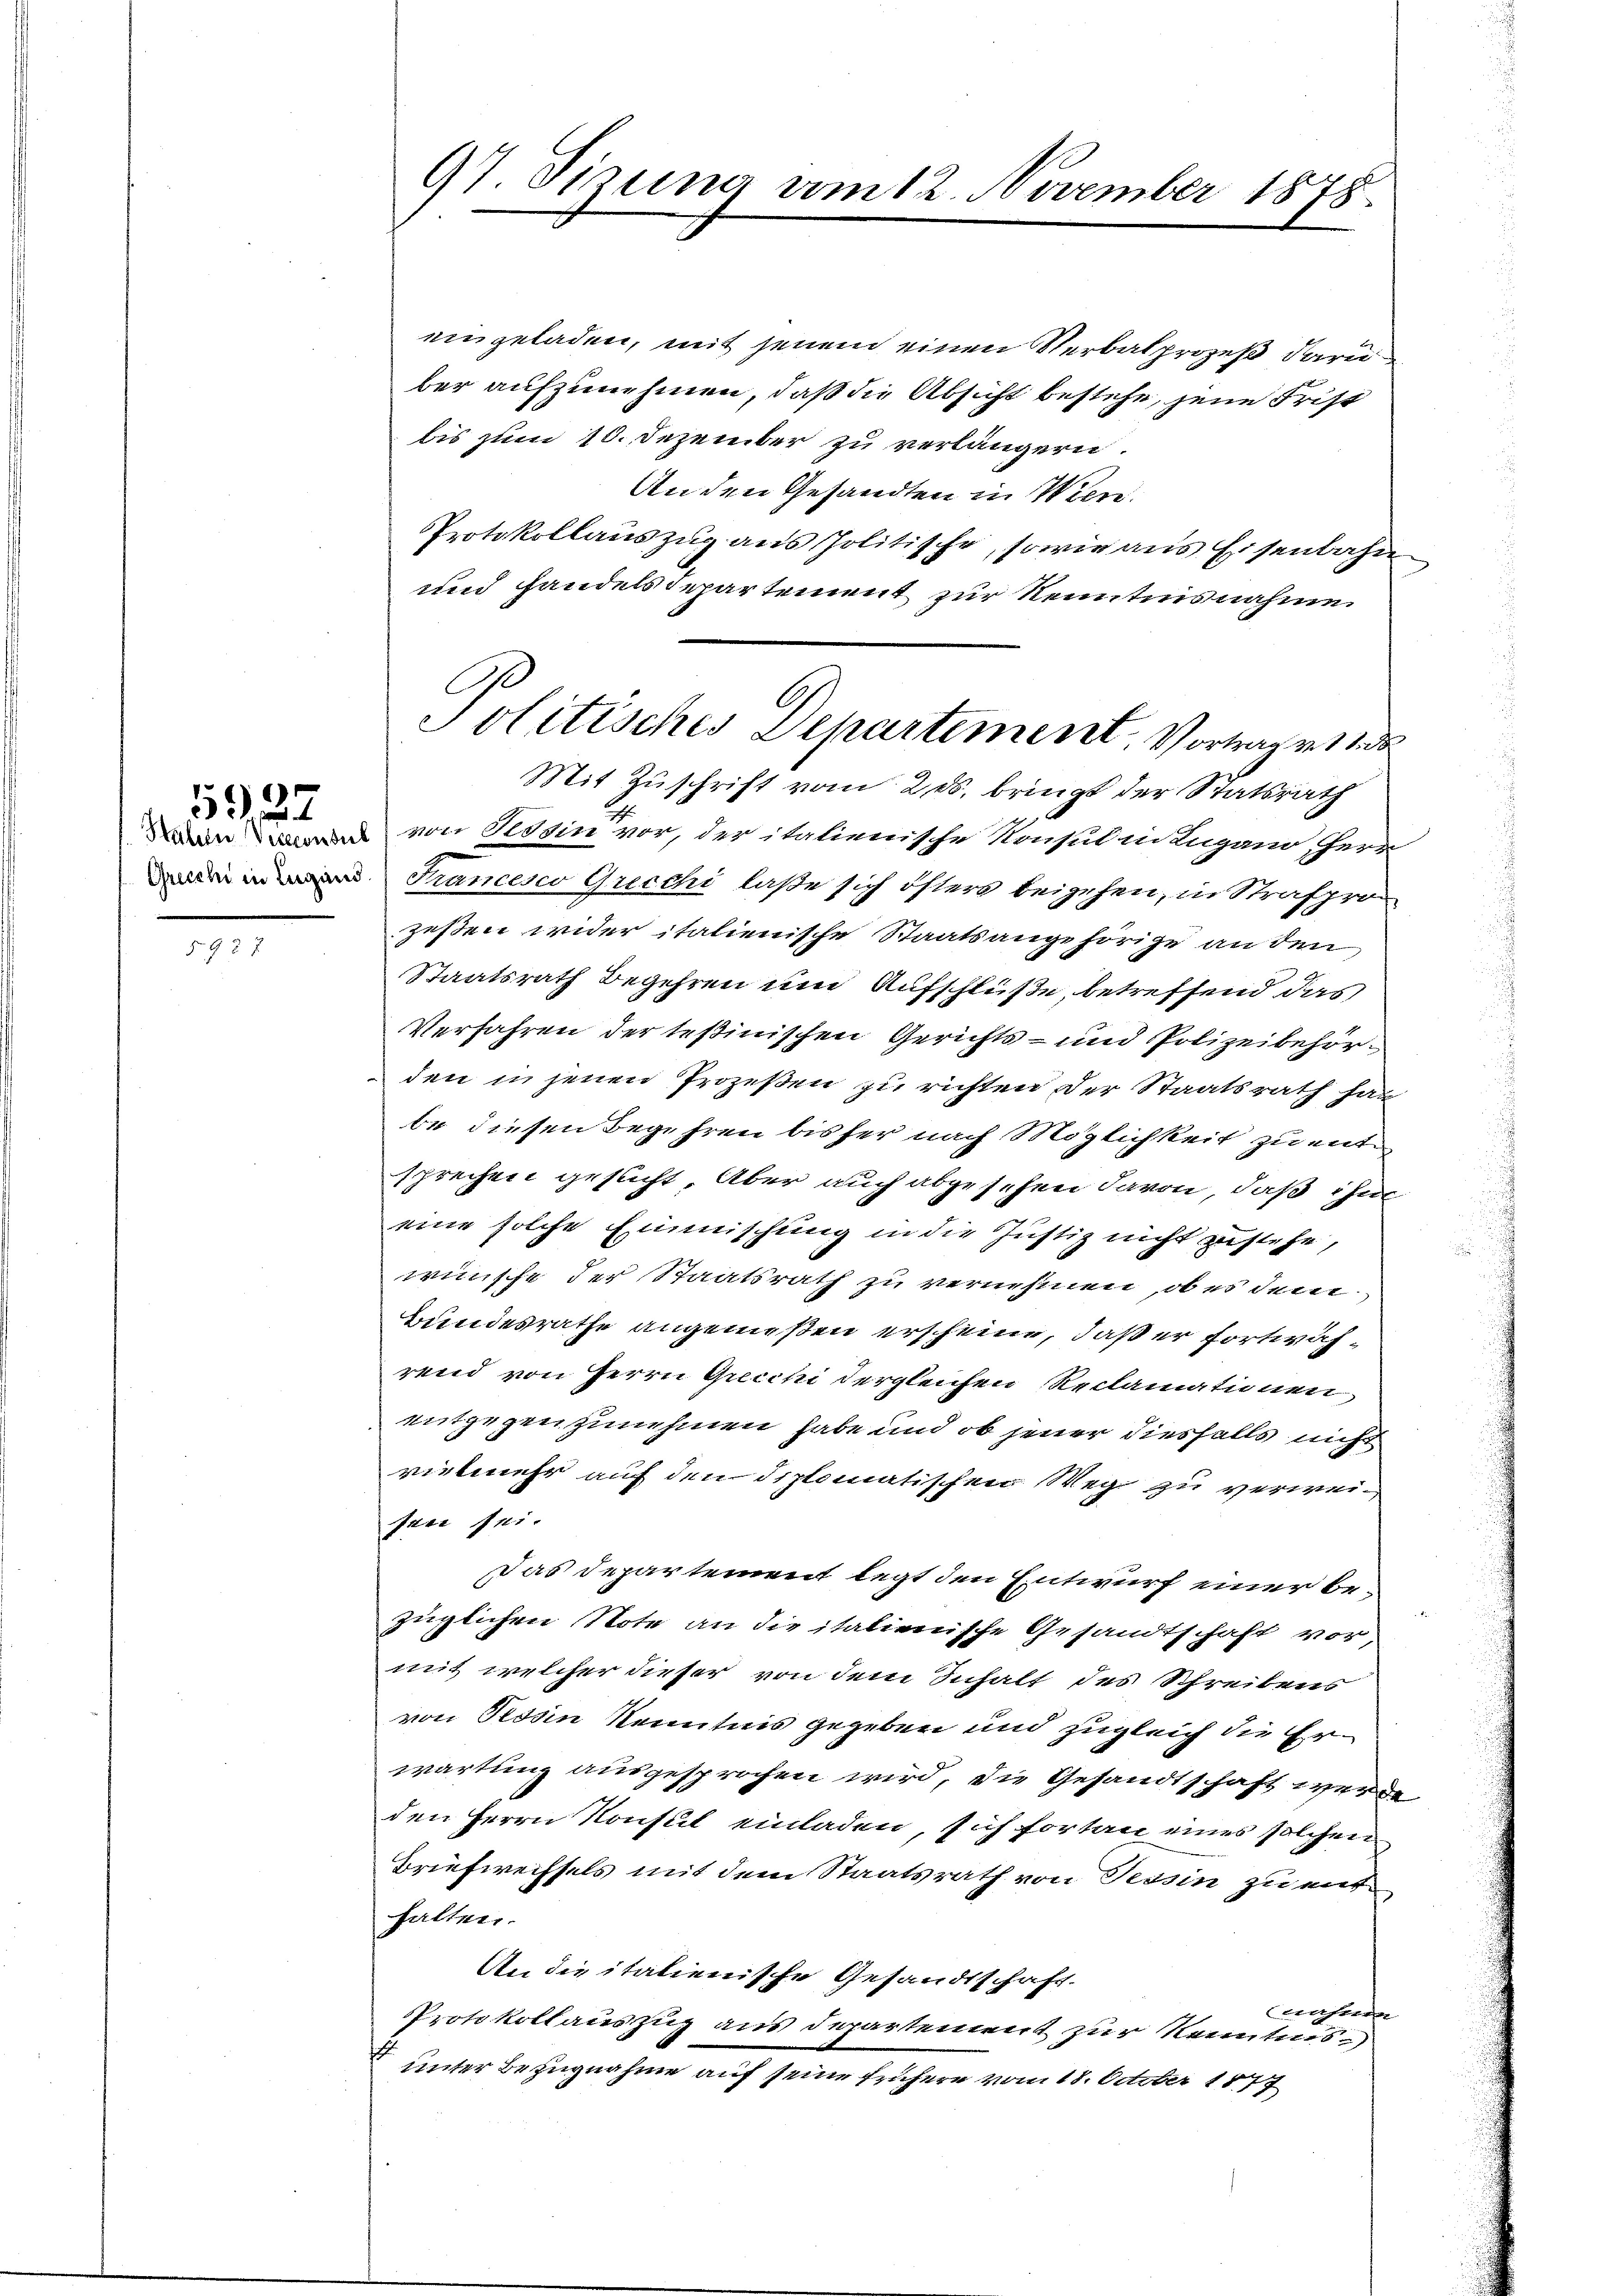
5927

§ 921

eingeladen, mit jenem einen Verbalprozeß daru
ber aufzunehmen, daß die Absicht bestehe, jene Frist
bis zum 10. Dezember zu verlängern.
An den Gesandten in Wien.
Protokollauszug aus Politische, sowie aus Eisenbahn
und handelsdepartement zur Kenntnisnahme.
Mit Zuschrift vom 2. ds. bringt der Statsrath
an von Tessin vor, der italienische Konsul in Lugano, Herr
Trancesco Griechi laße sich östers beigehen, in Strafpro-
zesen wider italienische Staatsangehörige an den
Staatsrath Begehren um Aufschlüße, betreffend das
Verfahren der Teßinischen Gerichts- und Polizeibehörden in jenen Prozeßen zu richten der Staatsrath hat
be diesen Begehren bisher nach Möglichkeit zu entsprechen gesucht. Aber auch abgesehen davon, daß ihm
eine solche Einmischung in die Justiz nicht zustehe,
wünsche der Staatsrath zu vernehmen, ob es dem
Bundesrathe angenießen erscheine, daß er fortwährend von Herrn Grecchi vergleichen Reclamationen
entgegenzunehmen habe und ob jener diesfalls nicht
vielmehr auf den diplomatischen Weg zu verweisen sei.
Das Departement legt den Entwurf einer bezüglichen Note an die italienische Gesandtschaft vor,
mit welcher dieser von dem Inhalt des Schreibens
von Tessin Kenntnis gegeben und zugleich die Erwartung ausgesprochen wird, die Gesandtschaft werde
den Herrn Konsul einladen, sich fortan eines solchen
Briefwechsels mit dem Staatsrath von Tessin zu enthalten.
An die italienische Gesandtschaft.
wahnen
Protokollauszug aus Departement zur Kenntnis
unter Bezugnahme auf seine frühere vom 18. October 1877

97 Sirung vom 12. November 1878.

Jolitisches Departement, Vortrag